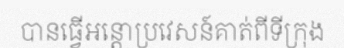
បានធ្វើអន្តោប្រវេសន៍គាត់ពីទីក្រុង